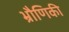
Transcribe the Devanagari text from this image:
भ्रौणिकी